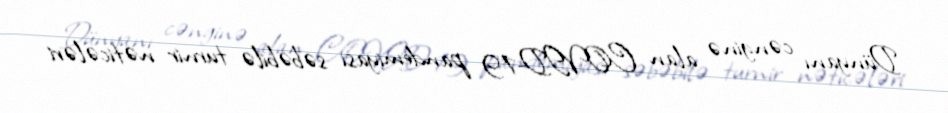
Dünyanı cənginə alan COVID-19 pandemiyası səbəbilə turnir nəticələri